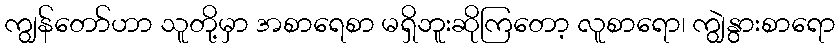
ကျွန်တော်ဟာ သူတို့မှာ အစာရေစာ မရှိဘူးဆိုကြတော့ လူစာရော၊ ကျွဲနွားစာရော